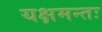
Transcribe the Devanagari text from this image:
यक्षमन्तः